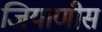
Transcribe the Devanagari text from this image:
जियाणीस